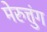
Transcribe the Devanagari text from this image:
मेरुत्तुंग